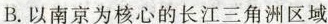
B.以南京为核心的长江三角洲区域